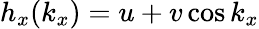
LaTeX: h_{x}(k_{x})=u+v\cos k_{x}